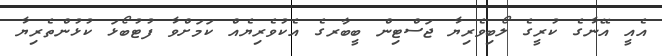
އެއީ އޭނާގެ ކުރީގެ ލޯބިވެރިޔާ ޖަސްޓިން ބީބާރގެ އެކުވެރިޔެއް ކަމަށްވާ ފުޓުބޯޅަ ކުޅުންތެރިޔާ